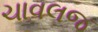
ચાવલજ